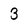
Character: 3